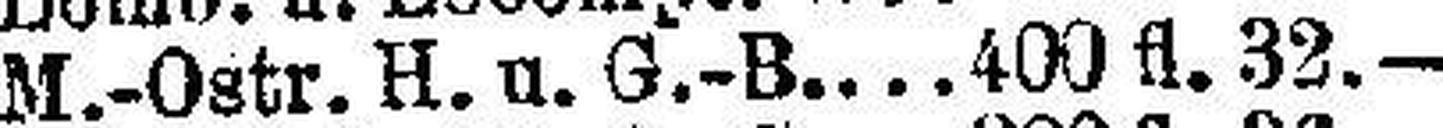
M.-Ostr. H. u. G.-B. 400 fl. 32.—